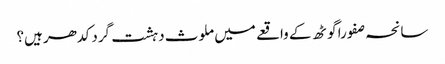
سانحہ صفورا گوٹھ کے واقعے میں ملوث دہشت گرد کدھر ہیں؟